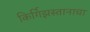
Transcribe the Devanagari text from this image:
किर्गिझस्तानाचा